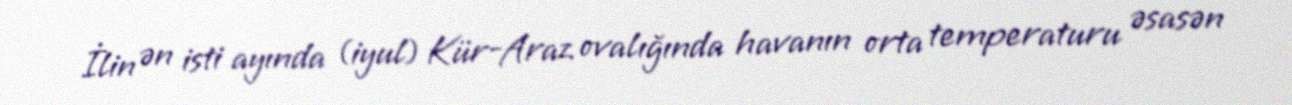
İlin ən isti ayında (iyul) Kür-Araz ovalığında havanın orta temperaturu əsasən